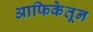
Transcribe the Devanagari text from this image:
आफिकेतून